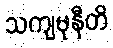
သကျမုနီတိ